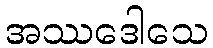
အဿဒေါသေ